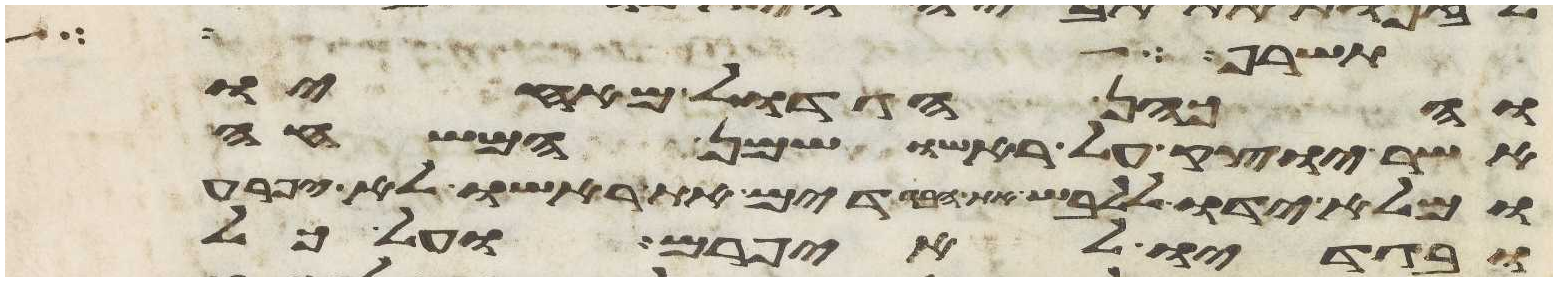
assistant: אשר שם משה לפני
והכהן הגדול מאחיו
אשר יוצק על ראשו שמן המשחה
ומלא ידו ללבש את הבגדים את ראשו לא יפרע
ובגדיו לא יפרם ועל כל